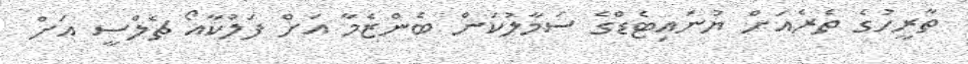
ތާރީހުގެ ތެރެއަށް ޔުނައިޓެޑްގެ ސަމާލުކަން ބެންޒެމާ އަށް ފަލްކާއޯ ޗެލްސީ އަށް